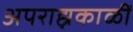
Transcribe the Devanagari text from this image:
अपराह्नकाळीं